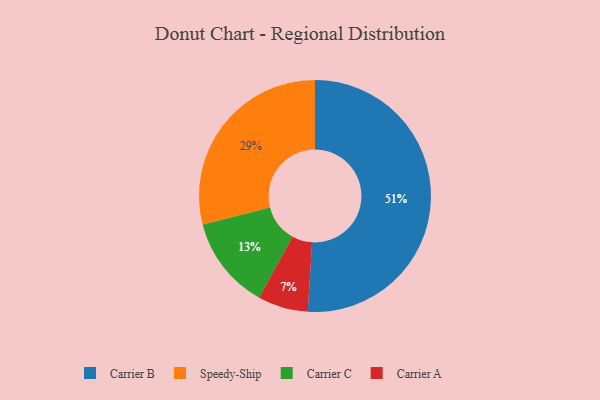
{"axis": {"x": "Category", "y": "Percentage"}, "legend": ["Carrier A", "Carrier B", "Carrier C", "Speedy-Ship"], "data": [{"x": "Carrier C", "y": 13, "type": "Carrier C"}, {"x": "Carrier A", "y": 7, "type": "Carrier A"}, {"x": "Carrier B", "y": 51, "type": "Carrier B"}, {"x": "Speedy-Ship", "y": 29, "type": "Speedy-Ship"}]}